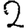
Digit: 2